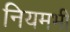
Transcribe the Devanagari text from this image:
नियमभी